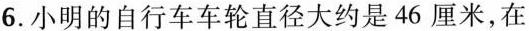
6.小明的自行车车轮直径大约是46厘米，在